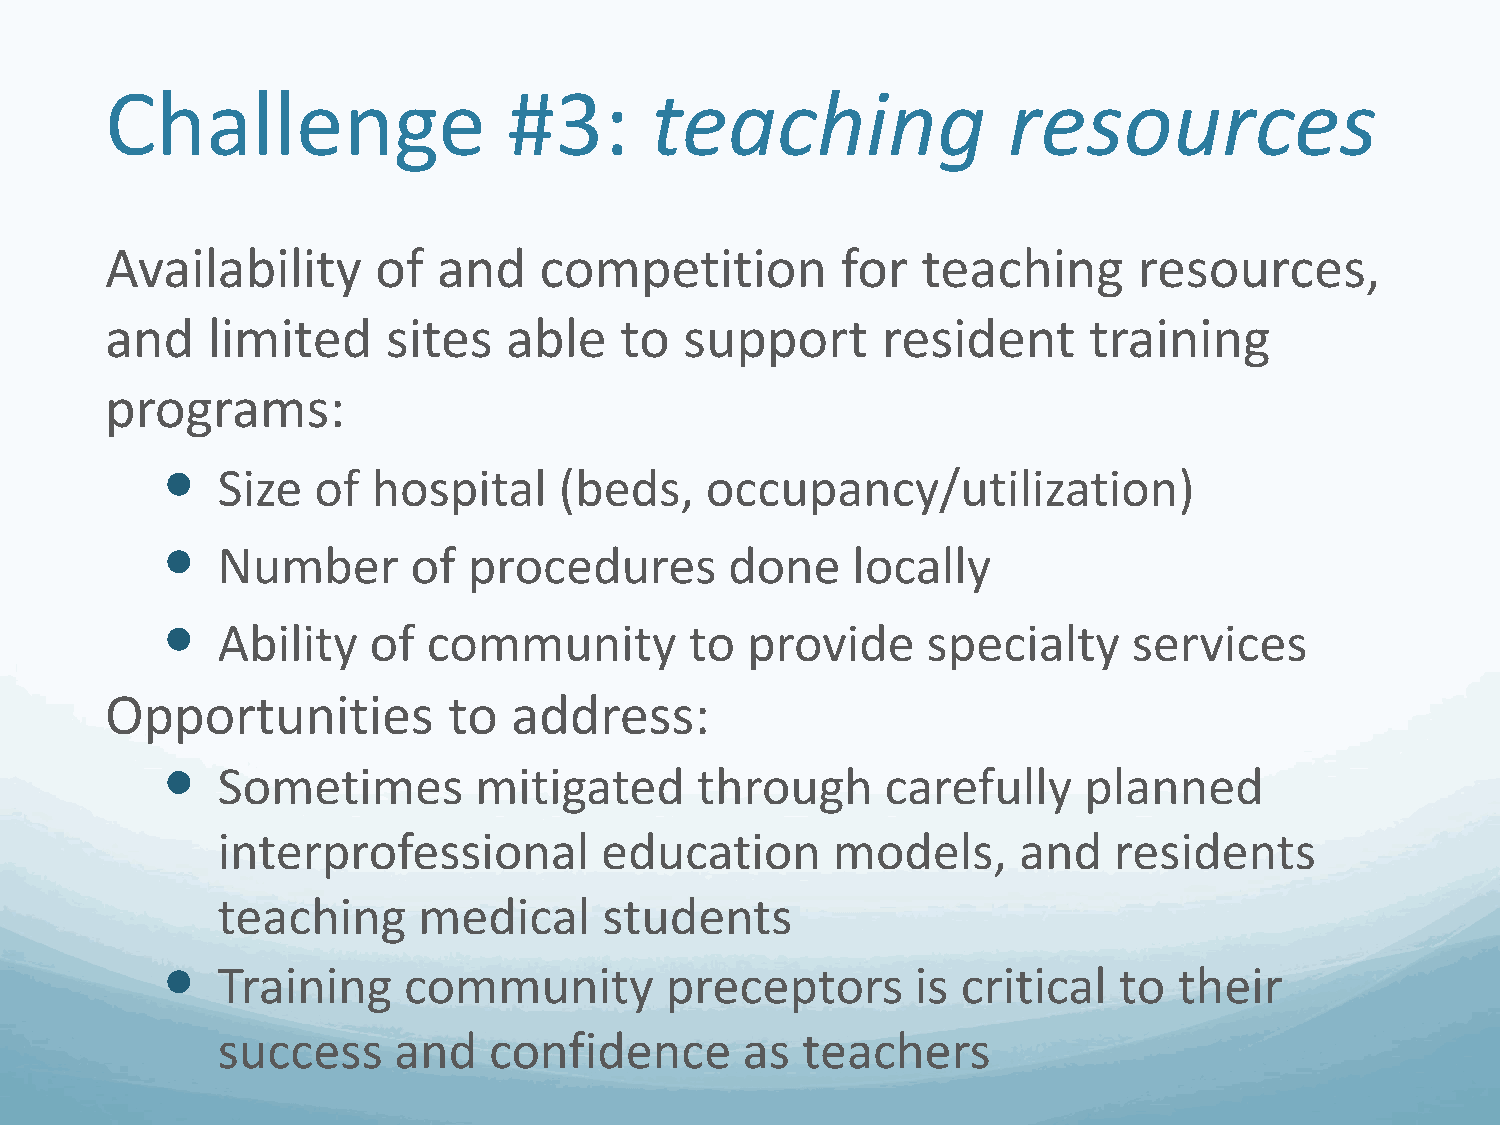
Challenge                  #3:      teaching                resources
 Availability      of  and    competition         for  teaching      resources,
 and    limited     sites  able    to  support      resident      training
 programs:
 
 Size   of  hospital    (beds,    occupancy/utilization)
 
 Number       of  procedures       done    locally
 
 Ability   of  community         to provide     specialty     services
 Opportunities          to  address:
 
 Sometimes        mitigated      through      carefully    planned
 interprofessional         education      models,     and    residents
 teaching      medical     students
 
 Training     community        preceptors       is critical  to  their
 success     and   confidence       as  teachers